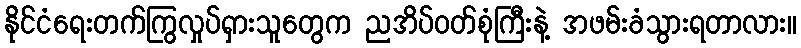
နိုင်ငံရေးတက်ကြွလှုပ်ရှားသူတွေက ညအိပ်၀တ်စုံကြီးနဲ့ အဖမ်းခံသွားရတာလား။